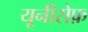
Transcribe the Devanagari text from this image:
यूनीसेफ़